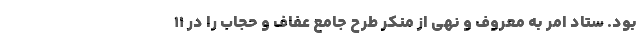
بود. ستاد امر به معروف و نهی از منکر طرح جامع عفاف و حجاب را در 11